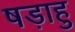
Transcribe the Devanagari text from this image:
षड़ाहु